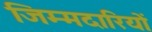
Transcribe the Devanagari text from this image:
जिम्मदारियों